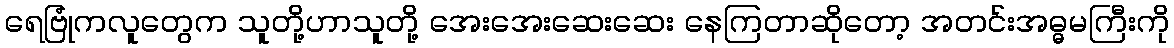
ရေဗြုံကလူတွေက သူတို့ဟာသူတို့ အေးအေးဆေးဆေး နေကြတာဆိုတော့ အတင်းအဓ္ဓမကြီးကို